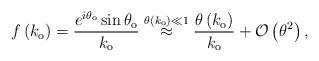
LaTeX: \begin{align*}f\left( k_{\mathrm{o}}\right) =\frac{e^{i\theta_{\mathrm{o}}}\sin\theta_{\mathrm{o}}}{k_{\mathrm{o}}}\overset{\theta\left( k_{\mathrm{o}}\right) \ll1}{\approx}\frac{\theta\left( k_{\mathrm{o}}\right)}{k_{\mathrm{o}}}+\mathcal{O}\left( \theta^{2}\right) ,\end{align*}